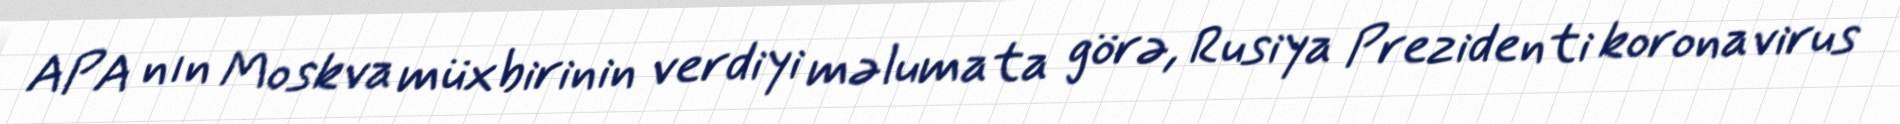
APA nın Moskva müxbirinin verdiyi məlumata görə, Rusiya Prezidenti koronavirus